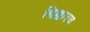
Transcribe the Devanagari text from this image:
धिक्कारच